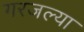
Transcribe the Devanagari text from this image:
गरजल्या